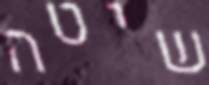
שיטה